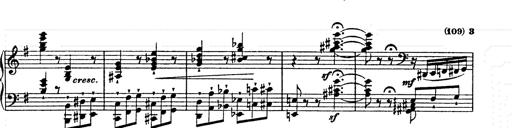
Title: Ab irato
Composer: Franz Liszt